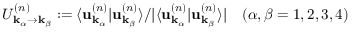
U _ { \mathbf { k } _ { \alpha } \rightarrow \mathbf { k } _ { \beta } } ^ { ( n ) } : = \langle \mathbf { u } _ { \mathbf { k } _ { \alpha } } ^ { ( n ) } \vert \mathbf { u } _ { \mathbf { k } _ { \beta } } ^ { ( n ) } \rangle / \vert \langle \mathbf { u } _ { \mathbf { k } _ { \alpha } } ^ { ( n ) } \vert \mathbf { u } _ { \mathbf { k } _ { \beta } } ^ { ( n ) } \rangle \vert \quad ( \alpha , \beta = 1 , 2 , 3 , 4 )